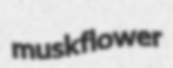
muskflower